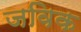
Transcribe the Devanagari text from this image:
जविक